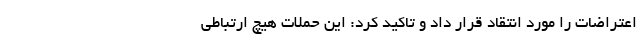
اعتراضات را مورد انتقاد قرار داد و تاکید کرد: این حملات هیچ ارتباطی